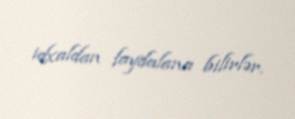
idxaldan faydalana bilirlər.